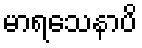
မာရသေနာပိ